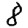
Digit: 8